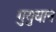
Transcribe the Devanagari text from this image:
गुयुयान